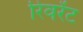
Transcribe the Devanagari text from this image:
रिवरेंट